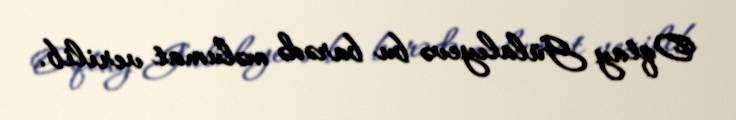
Oqtay Gülalıyevə bu barədə məlumat verilib.